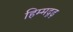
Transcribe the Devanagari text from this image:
हिम्मद्गढ़